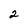
Character: 2